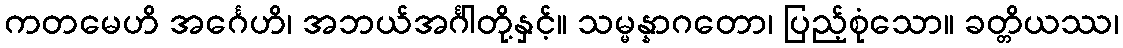
ကတမေဟိ အင်္ဂေဟိ၊ အဘယ်အင်္ဂါတို့နှင့်။ သမ္မန္နာဂတော၊ ပြည့်စုံသော။ ခတ္တိယဿ၊